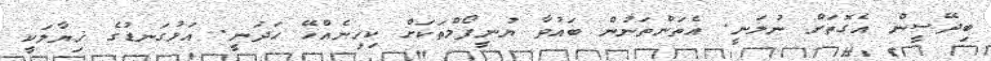
ބިދޭސީން އެގޮތަށް ނުލަނީ. އެތަންތަނުން ބައުވާ ޔުނީފޯމްތަކަށް ކިހިނެއްހޭ ހަދަނީ. އަޅުގަނޑުގެ ޚިޔާލަކީ